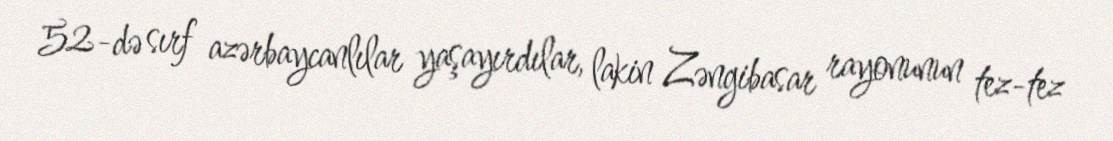
52-də sırf azərbaycanlılar yaşayırdılar, lakin Zəngibasar rayonunun tez-tez